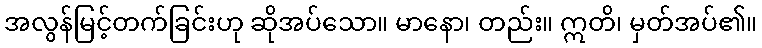
အလွန်မြင့်တက်ခြင်းဟု ဆိုအပ်သော။ မာနော၊ တည်း။ ဣတိ၊ မှတ်အပ်၏။